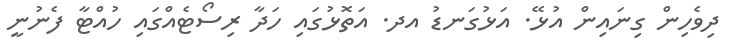
ދިވެހިން ގިނައިން އުޅޭ. އަޅުގަނޑު އދ. އަތޮޅުގައި ހަދާ ރިސޯޓެއްގައި ހުއްޓާ ފެނުނީ